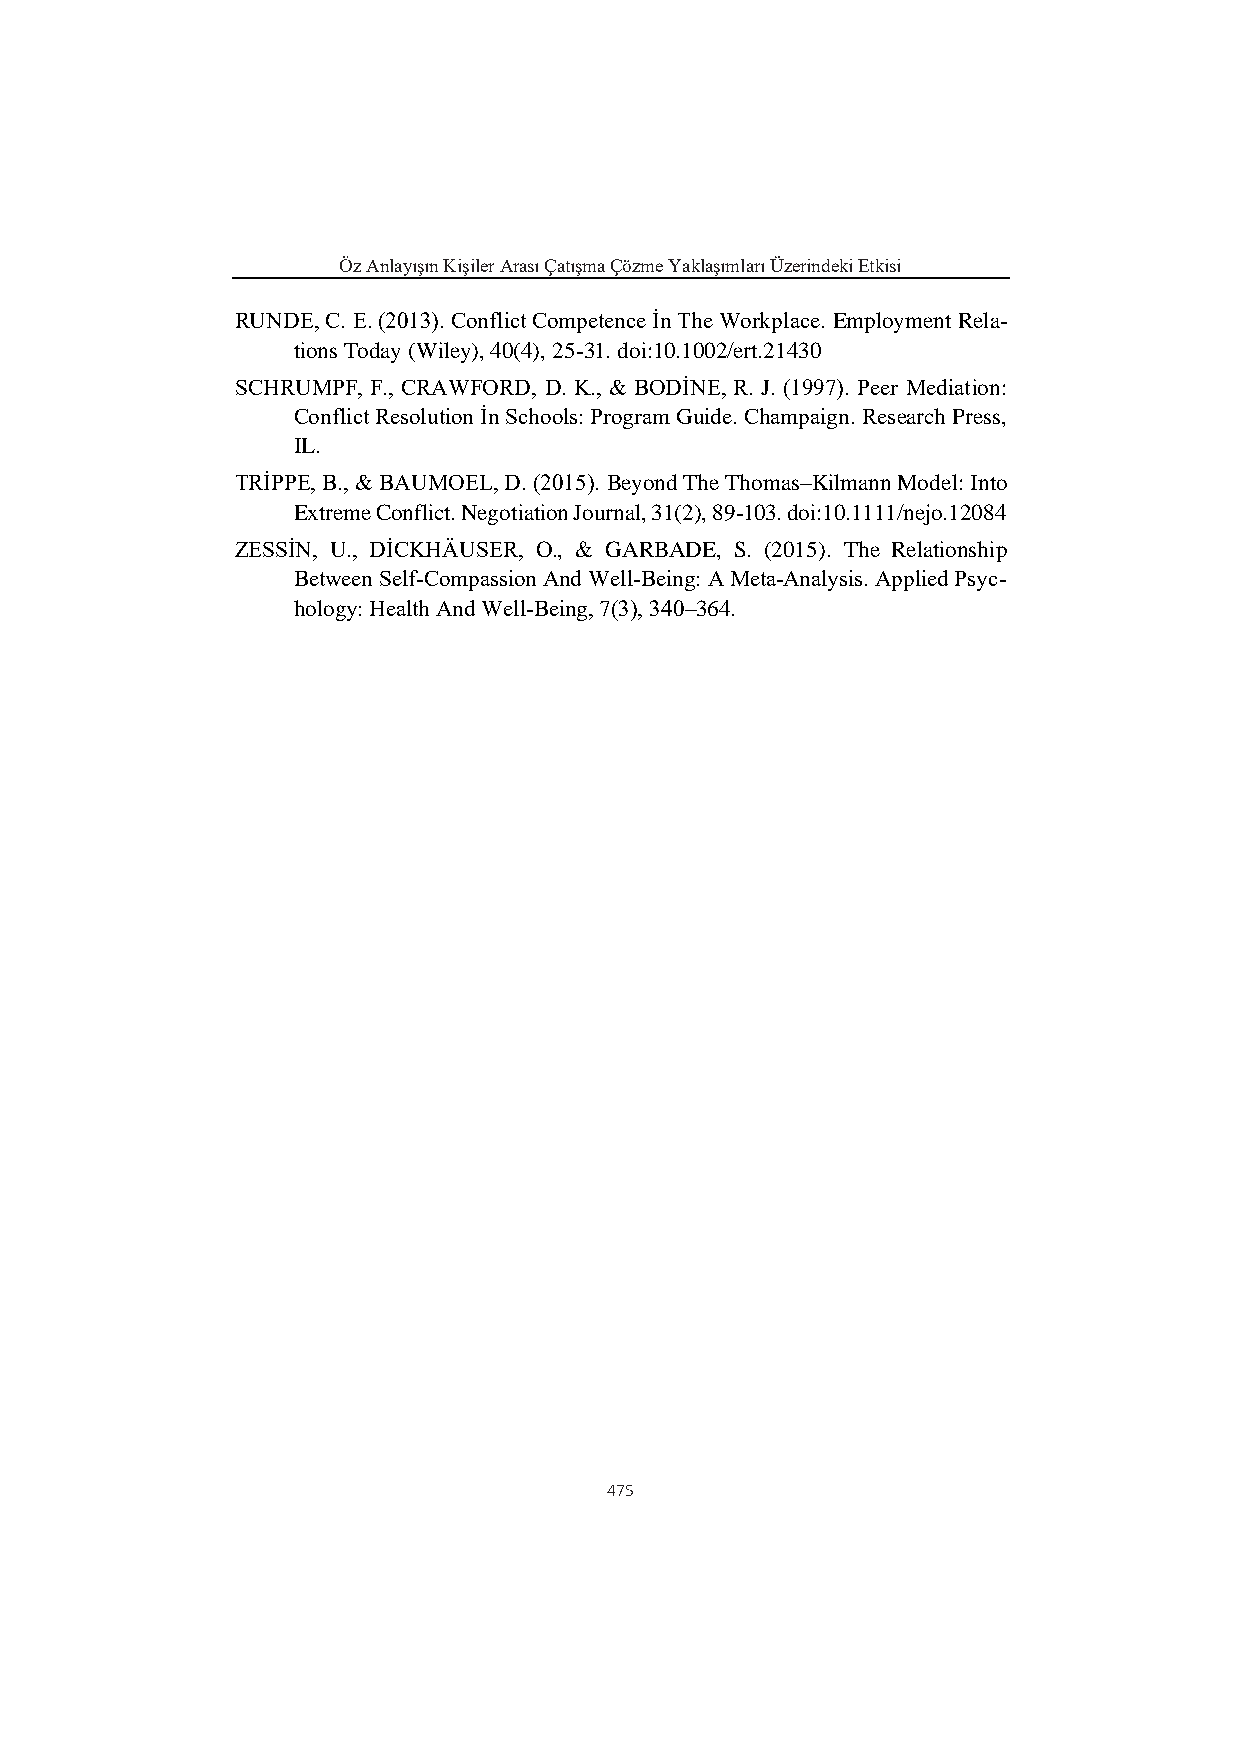
Öz Anlayışın Kişiler Arası Çatışma Çözme Yaklaşımları Üzerindeki Etkisi
 RUNDE, C. E. (2013). Conflict Competence İn The Workplace. Employment Rela-
 tions Today (Wiley), 40(4), 25-31. doi:10.1002/ert.21430
 SCHRUMPF, F., CRAWFORD, D. K., & BODİNE, R. J. (1997). Peer Mediation:
 Conflict Resolution İn Schools: Program Guide. Champaign. Research Press,
 IL.
 TRİPPE, B., & BAUMOEL, D. (2015). Beyond The Thomas–Kilmann Model: Into
 Extreme Conflict. Negotiation Journal, 31(2), 89-103. doi:10.1111/nejo.12084
 ZESSİN, U., DİCKHÄUSER, O., & GARBADE, S. (2015). The Relationship
 Between Self‐Compassion And Well‐Being: A Meta‐Analysis. Applied Psyc-
 hology: Health And Well‐Being, 7(3), 340–364.
 475